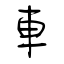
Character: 車